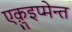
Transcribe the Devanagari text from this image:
एक़ुइप्मेन्त